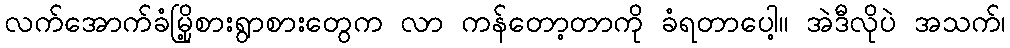
လက်အောက်ခံမြို့စားရွာစားတွေက လာ ကန်တော့တာကို ခံရတာပေါ့။ အဲဒီလိုပဲ အသက်၊